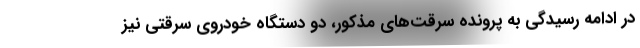
در ادامه رسیدگی به پرونده سرقت‌های مذکور، دو دستگاه خودروی سرقتی نیز